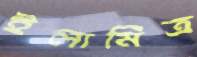
ইলামিত্র